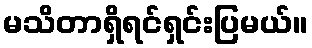
မသိတာရှိရင်ရှင်းပြမယ်။